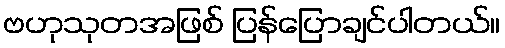
ဗဟုသုတအဖြစ် ပြန်ပြောချင်ပါတယ်။